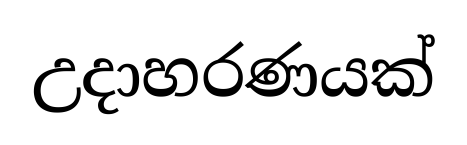
උදාහරණයක්